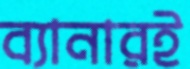
ব্যানারই